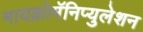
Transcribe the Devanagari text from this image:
मायक्रोमॅनिप्युलेशन